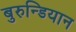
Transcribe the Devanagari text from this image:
बुरुन्डियान